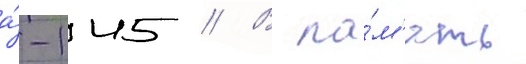
а́-145 // В па́м'ять